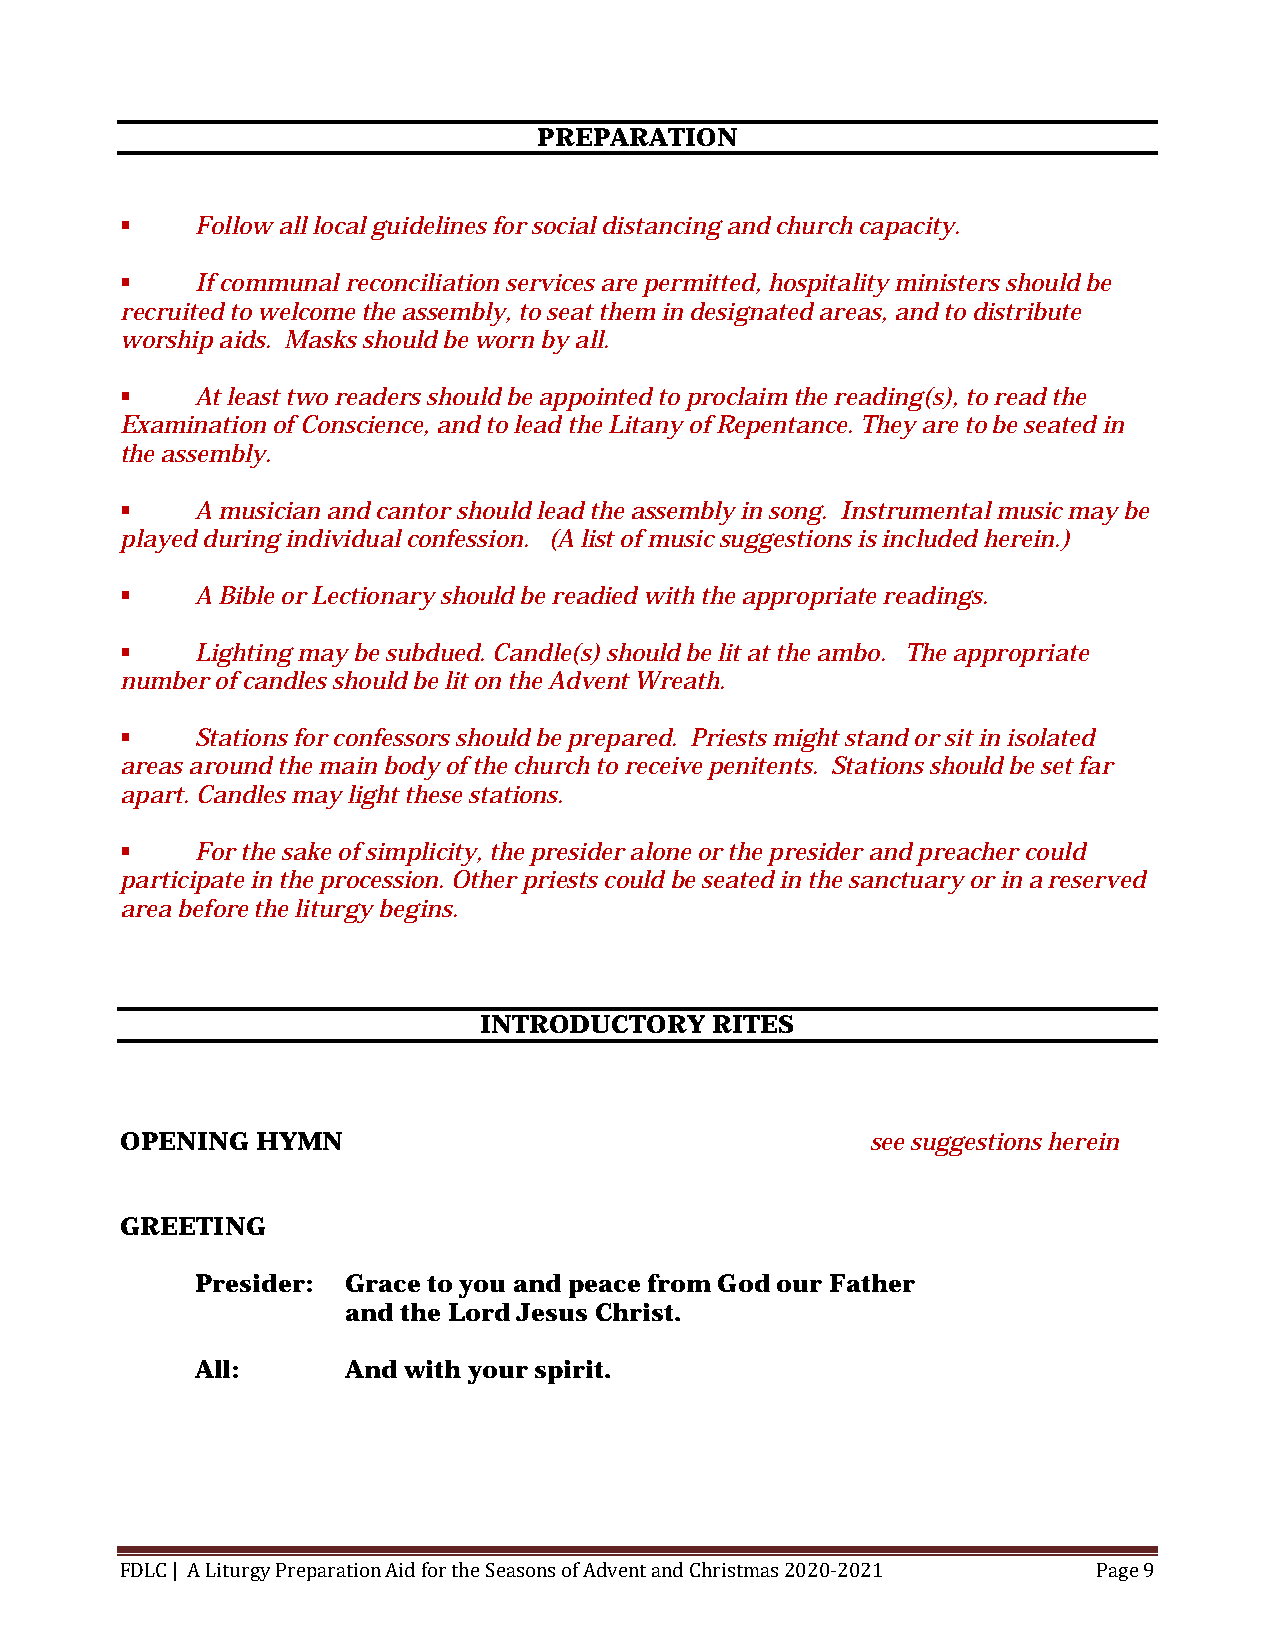
PREPARATION
     Follow all local guidelines for social distancing and church capacity.
     If communal reconciliation services are permitted, hospitality ministers should be
 recruited to welcome the assembly, to seat them in designated areas, and to distribute
 worship aids. Masks should be worn by all.
     At least two readers should be appointed to proclaim the reading(s), to read the
 Examination of Conscience, and to lead the Litany of Repentance. They are to be seated in
 the assembly.
     A musician and cantor should lead the assembly in song. Instrumental music may be
 played during individual confession. (A list of music suggestions is included herein.)
     A Bible or Lectionary should be readied with the appropriate readings.
     Lighting may be subdued. Candle(s) should be lit at the ambo. The appropriate
 number of candles should be lit on the Advent Wreath.
     Stations for confessors should be prepared. Priests might stand or sit in isolated
 areas around the main body of the church to receive penitents. Stations should be set far
 apart. Candles may light these stations.
     For the sake of simplicity, the presider alone or the presider and preacher could
 participate in the procession. Other priests could be seated in the sanctuary or in a reserved
 area before the liturgy begins.
 INTRODUCTORY   RITES
 OPENING  HYMN                                     see suggestions herein
 GREETING
 Presider: Grace to you and peace from God our Father
 and the Lord Jesus Christ.
 All:      And with your spirit.
 FDLC | A Liturgy Preparation Aid for the Seasons of Advent and Christmas 2020-2021 Page 9